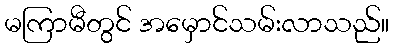
မကြာမီတွင် အမှောင်သမ်းလာသည်။